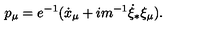
p _ { \mu } = e ^ { - 1 } ( \dot { x } _ { \mu } + i m ^ { - 1 } \dot { \xi } _ { * } \xi _ { \mu } ) .